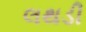
લથડી